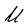
Character: U